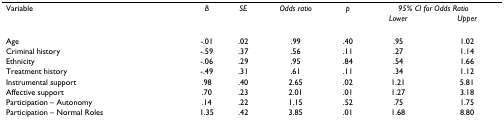
<table><thead><tr><td><b>Variable</b></td><td><b><i>B</i></b></td><td><b><i>SE</i></b></td><td><b><i>Odds ratio</i></b></td><td><b><i>p</i></b></td><td colspan="2"><b><i>95% CI for Odds Ratio</i></b></td></tr><tr><td>[EMPTY_CELL]</td><td>[EMPTY_CELL]</td><td>[EMPTY_CELL]</td><td>[EMPTY_CELL]</td><td>[EMPTY_CELL]</td><td><b><i>Lower</i></b></td><td><b><i>Upper</i></b></td></tr></thead><tbody><tr><td>Age</td><td>-.01</td><td>.02</td><td>.99</td><td>.40</td><td>.95</td><td>1.02</td></tr><tr><td>Criminal history</td><td>-.59</td><td>.37</td><td>.56</td><td>.11</td><td>.27</td><td>1.14</td></tr><tr><td>Ethnicity</td><td>-.06</td><td>.29</td><td>.95</td><td>.84</td><td>.54</td><td>1.66</td></tr><tr><td>Treatment history</td><td>-.49</td><td>.31</td><td>.61</td><td>.11</td><td>.34</td><td>1.12</td></tr><tr><td>Instrumental support</td><td>.98</td><td>.40</td><td>2.65</td><td>.02</td><td>1.21</td><td>5.81</td></tr><tr><td>Affective support</td><td>.70</td><td>.23</td><td>2.01</td><td>.01</td><td>1.27</td><td>3.18</td></tr><tr><td>Participation – Autonomy</td><td>.14</td><td>.22</td><td>1.15</td><td>.52</td><td>.75</td><td>1.75</td></tr><tr><td>Participation – Normal Roles</td><td>1.35</td><td>.42</td><td>3.85</td><td>.01</td><td>1.68</td><td>8.80</td></tr></tbody></table>